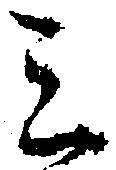
ミ